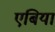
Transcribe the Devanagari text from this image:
एबिया